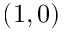
( 1 , 0 )